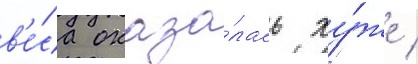
в'е́са оказа́лась ху́же /